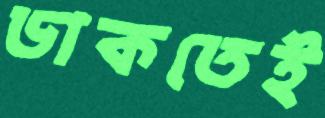
ডাকতেই